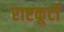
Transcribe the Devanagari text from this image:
राष्टकूटों